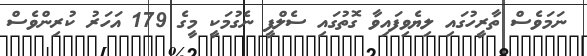
ނަމަވެސް ތާރީހުގައި ލިޔެވިފައިވާ ގޮތުގައި ސެލްފީ ނެގުމަކީ މީގެ 179 އަހަރު ކުރިންވެސް